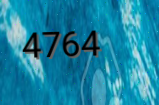
4764